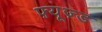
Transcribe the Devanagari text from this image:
फ़्यूज़्ड